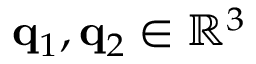
\mathbf { q } _ { 1 } , \mathbf { q } _ { 2 } \in \mathbb { R } ^ { 3 }